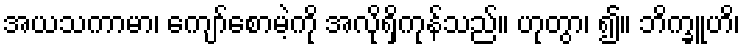
အယသကာမာ၊ ကျော်စောမဲ့ကို အလိုရှိကုန်သည်။ ဟုတွာ၊ ၍။ ဘိက္ခူဟိ၊